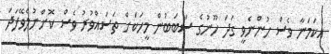
އެކަމަނާ ވެސް ހުންނެވީ ގަދަ ހޫނުގެ ސަބަބުން މީހަކަށް ތަސައްވުރު ވެސް ކޮށްނުލެވޭފަދަ